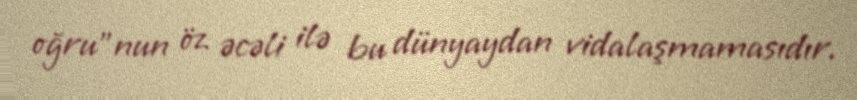
oğru”nun öz əcəli ilə bu dünyaydan vidalaşmamasıdır.